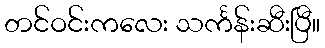
တင်ဝင်းကလေး သင်္ကန်းဆီးပြီ။